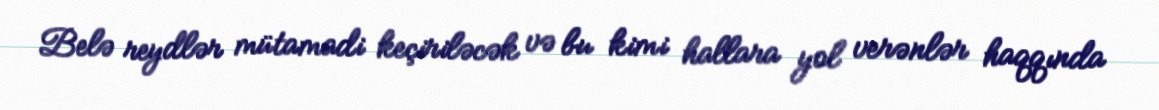
Belə reydlər mütamadi keçiriləcək və bu kimi hallara yol verənlər haqqında